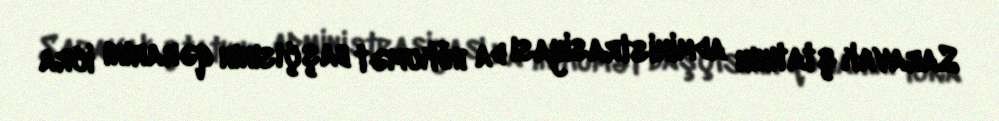
Saravak ştatının administrasiyası da hökumət başçısının qərarını icra